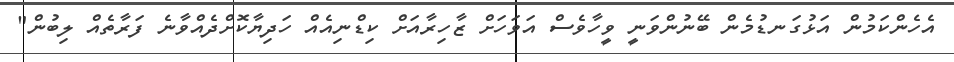
އެހެންކަމުން އަޅުގަނޑުމެން ބޭނުންވަނީ ވީހާވެސް އަވަހަށް ޒާހިރާއަށް ކިޑްނިއެއް ހަދިޔާކޮށްދެއްވާނެ ފަރާތެއް ލިބުން"